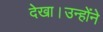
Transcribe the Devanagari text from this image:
देखा।उन्होंने